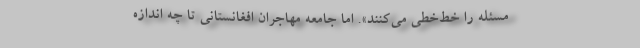
‌مسئله را خط‌خطی می‌کنند». اما جامعه مهاجران افغانستانی تا چه اندازه